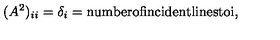
( A ^ { 2 } ) _ { i i } = \delta _ { i } = \mathrm { n u m b e r o f i n c i d e n t l i n e s t o i } ,